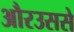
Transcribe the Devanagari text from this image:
औरउससे